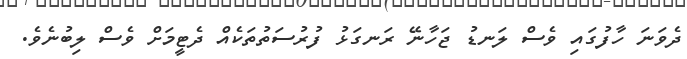
ދެވަނަ ހާފުގައި ވެސް ލަނޑު ޖަހާނޭ ރަނގަޅު ފުރުސަތުތަކެއް ދެޓީމަށް ވެސް ލިބުނެވެ.